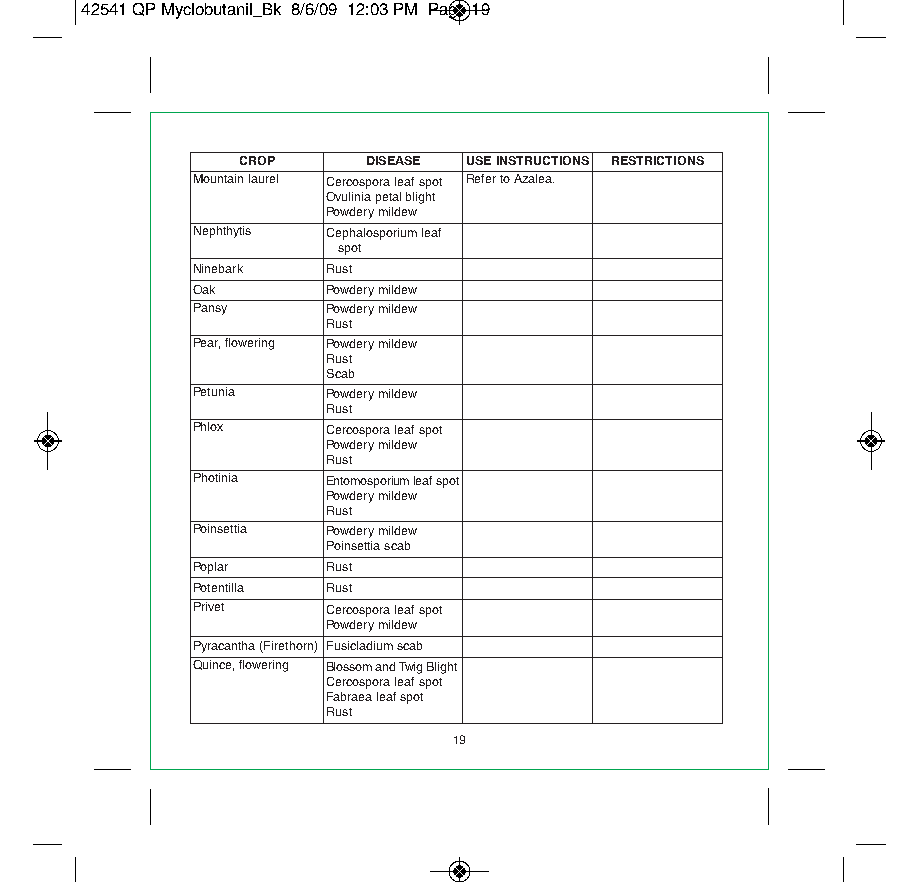
42541 QP Myclobutanil_Bk 8/6/09 12:03 PM Page 19
 CROP    DISEASE USE INSTRUCTIONS RESTRICTIONS
 Mountain laurel Cercospora leaf spot Refer to Azalea.
 Ovulinia petal blight
 Powdery mildew
 Nephthytis Cephalosporium leaf
 spot
 Ninebark Rust
 Oak      Powdery mildew
 Pansy    Powdery mildew
 Rust
 Pear, flowering Powdery mildew
 Rust
 Scab
 Petunia  Powdery mildew
 Rust
 Phlox    Cercospora leaf spot
 Powdery mildew
 Rust
 Photinia Entomosporium leaf spot
 Powdery mildew
 Rust
 Poinsettia Powdery mildew
 Poinsettia scab
 Poplar   Rust
 Potentilla Rust
 Privet   Cercospora leaf spot
 Powdery mildew
 Pyracantha (Firethorn) Fusicladium scab
 Quince, flowering Blossom and Twig Blight
 Cercospora leaf spot
 Fabraea leaf spot
 Rust
 19